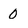
Character: 0